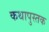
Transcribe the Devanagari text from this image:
कथापुस्तक